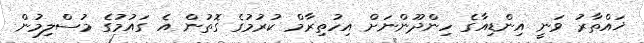
ޚައްތާރު ވަނީ އިންޑިއާގެ ހިންދޫންނަށް އިހުތިރާމް ކުރުމުގެ ގޮތުން އެ ގައުމުގެ މުސްލިމުން